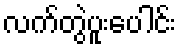
လက်တွဲပူးပေါင်း